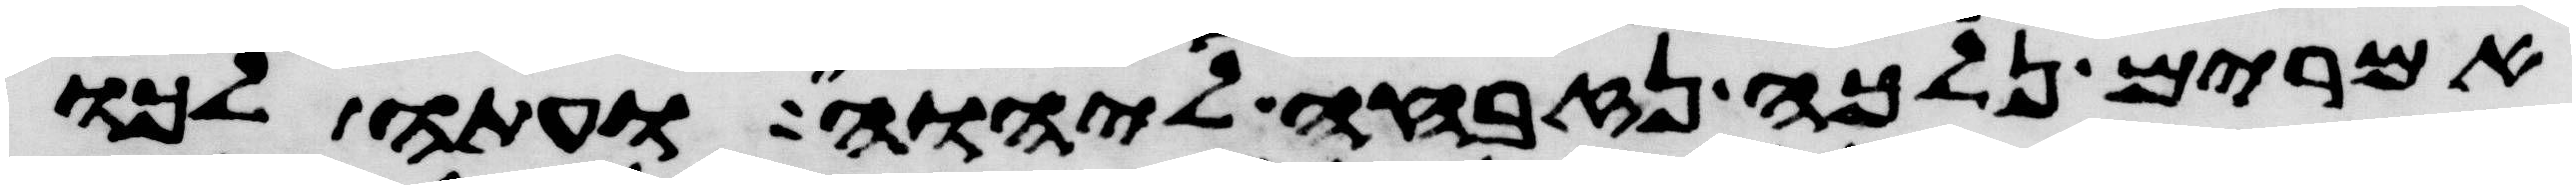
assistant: אמרים נלכה נזבחה ליהוה ועתה לכו